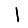
Digit: 1